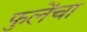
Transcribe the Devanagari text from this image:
फुलेंचा